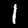
Digit: 1